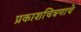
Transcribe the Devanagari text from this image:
प्रकाशचित्रणाचे